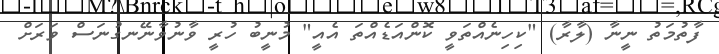
ފާތުމަތު ނީނާ (ލާރާ) "ކިހިނެއްތަވީ ކޮންއަޑެއްތަ އެއީ" މުނީބު ހުރީ ވާނުވާނޭނގުނަސް ވަރަށް